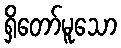
ရှိတော်မူသော